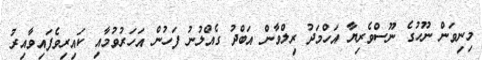
މިނިވަން ނޫހުގެ ނޫސްވެރިޔާ އަހްމަދު ރިލްވާން އަބްދު ގެއްލުނު ފަހުން އަހަރުވުމާއި ކައިރިވެފައިވާއިރު